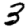
Digit: 3